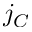
j _ { C }